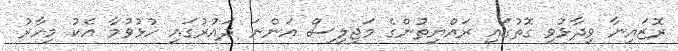
ރޮޒައިނާ ވިދާޅުވި ގޮތުގައި ރައްޔިތުންގެ މަޖިލިސް އަންނަ ދައުރުގައި ހުޅުވުމާ އެކު މިހާރު